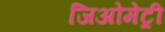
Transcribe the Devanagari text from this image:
जिअोमेट्री